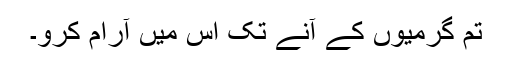
تم گرمیوں کے آنے تک اس میں آرام کرو۔